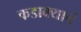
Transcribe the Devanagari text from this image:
कडाक्याचं